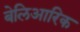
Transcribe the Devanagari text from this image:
बेलिआरिक